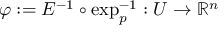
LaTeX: \varphi : = E ^ { - 1 } \circ \exp _ { p } ^ { - 1 } : U \rightarrow \mathbb { R } ^ { n }